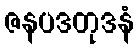
ဇနပဒတုဒနံ